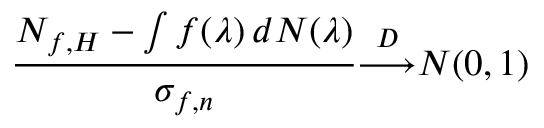
{ \frac { N _ { f , H } - \int f ( \lambda ) \, d N ( \lambda ) } { \sigma _ { f , n } } } { \overset { D } { \longrightarrow } } N ( 0 , 1 )